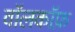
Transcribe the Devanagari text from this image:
वॉलकॉफ़